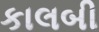
કાલબી